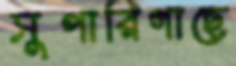
সুপারিগাছে